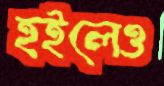
হইলেও